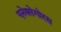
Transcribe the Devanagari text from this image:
एनेक्सेगोरस